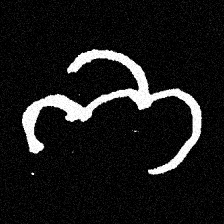
Pyu character \u2014 Myanmar letter: ဘ (romanized: bha)